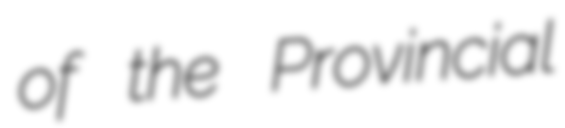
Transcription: of the Provincial